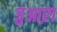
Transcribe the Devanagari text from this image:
ड्वआऱा